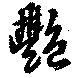
艶